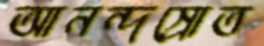
আনন্দস্রোত